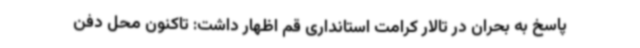
پاسخ به بحران در تالار کرامت استانداری قم اظهار داشت: تاکنون محل دفن